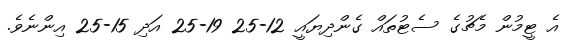
އެ ޓީމުން މެޗުގެ ސެޓުތައް ގެންދިޔައީ 12-25 19-25 އަދި 15-25 އިންނެވެ.